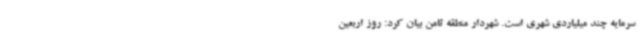
سرمایه چند میلیاردی شهری است. شهردار منطقه ثامن بیان کرد: روز اربعین